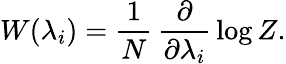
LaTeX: W(\lambda_{i})=\frac{1}{N}\, \frac{\partial}{\partial\lambda_{i}}\, \log Z.